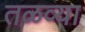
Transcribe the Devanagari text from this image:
तळव्या